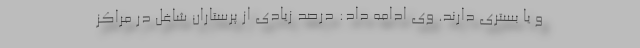
و یا بستری دارند. وی ادامه داد: درصد زیادی از پرستاران شاغل در مراکز